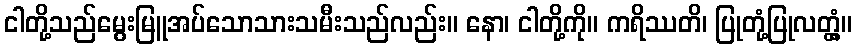
ငါတို့သည်မွေးမြူအပ်သောသားသမီးသည်လည်း။ နော၊ ငါတို့ကို။ ကရိဿတိ၊ ပြုတုံ့ပြုလတ္တံ့။